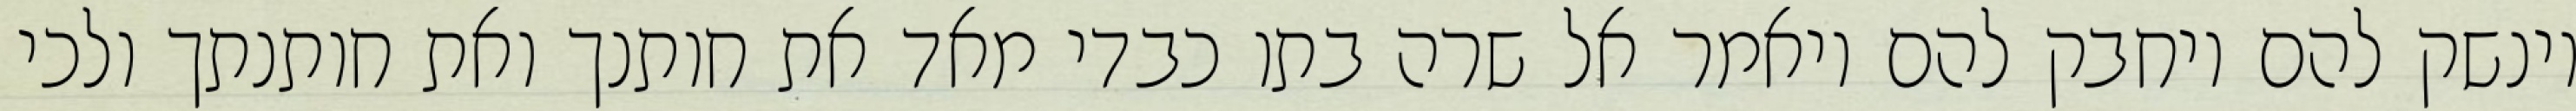
וינשק להם ויחבק להם ויאמר אל שרה בתו כבדי מאד את חותנך ואת חותנתך ולכי